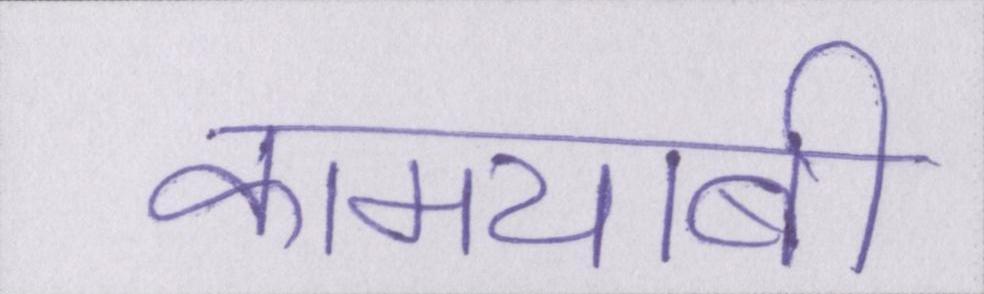
कामयाबी